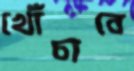
খোঁচাবে